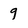
Character: 9